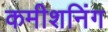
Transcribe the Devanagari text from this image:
कमीशनिंग